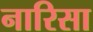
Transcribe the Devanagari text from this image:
नारिसा